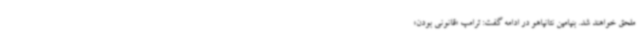
ملحق خواهند شد. بنیامین نتانیاهو در ادامه گفت: ترامپ «قانونی بودن»